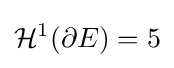
{\mathcal {H}}^{1}(\partial E)=5